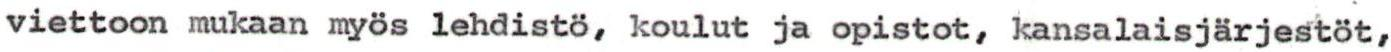
viettoon mukaan myös lehdistö, koulut ja opistot, kansalaisjärjestöt,